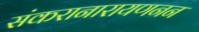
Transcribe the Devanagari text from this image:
संकरानारायणनन